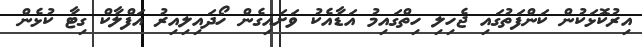
އިރުކޮޅަކުން ކަންފަތުގައި ޖެހިލި ހިތްގައިމު އަޑާއެކު ވަށައިގެން ހޯދައިލިއިރު އަފްލާކް ގިޓާ ކުޅެން